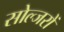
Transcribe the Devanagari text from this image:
सोल्जरों